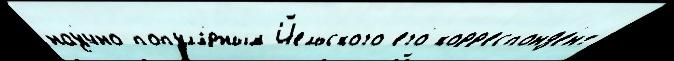
нау́чно-попул'я́рным Йельского его́ корр'еспонд'е́нт